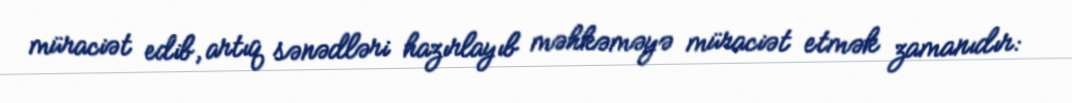
müraciət edib, artıq sənədləri hazırlayıb məhkəməyə müraciət etmək zamanıdır: